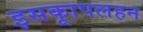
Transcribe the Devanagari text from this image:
इसकाूपलहन